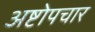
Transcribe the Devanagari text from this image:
अष्टोपचार